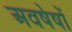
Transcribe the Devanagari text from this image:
अवषेषों